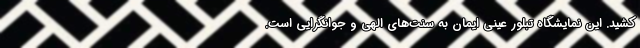
کشید. این نمایشگاه تبلور عینی ایمان به سنت‌های الهی و جوانگرایی است.